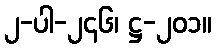
၂-ပါ-၂၄၆၊ ဋ္ဌ-၂၀၁။